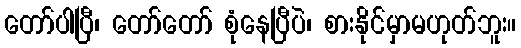
တော်ပါပြီ၊ တော်တော် စုံနေပြီပဲ၊ စားနိုင်မှာမဟုတ်ဘူး။